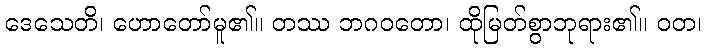
ဒေသေတိ၊ ဟောတော်မူ၏။ တဿ ဘဂဝတော၊ ထိုမြတ်စွာဘုရား၏။ ဝတ၊